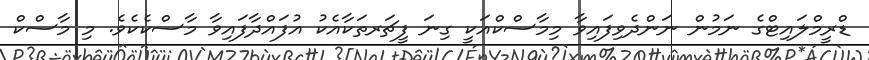
ޑްރީމްލައިޓްގެ ނަމުން ނަންދެވިފައިވާ މިމާސްކްއަކީ ގިނަ ފީޗަރތަކާއެކު އުފައްދާފައިވާ މާސްކެކެވެ. މި މާސްކް